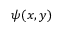
\psi ( x , y )